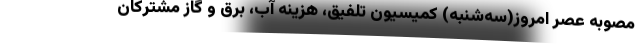
مصوبه عصر امروز(سه‌شنبه) کمیسیون تلفیق، هزینه آب، برق و گاز مشترکان